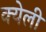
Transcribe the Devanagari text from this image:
क्येली